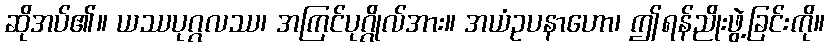
ဆိုအပ်၏။ ယဿပုဂ္ဂလဿ၊ အကြင်ပုဂ္ဂိုလ်အား။ အယံဥပနာဟော၊ ဤရန်ညိုးဖွဲ့ခြင်းကို။